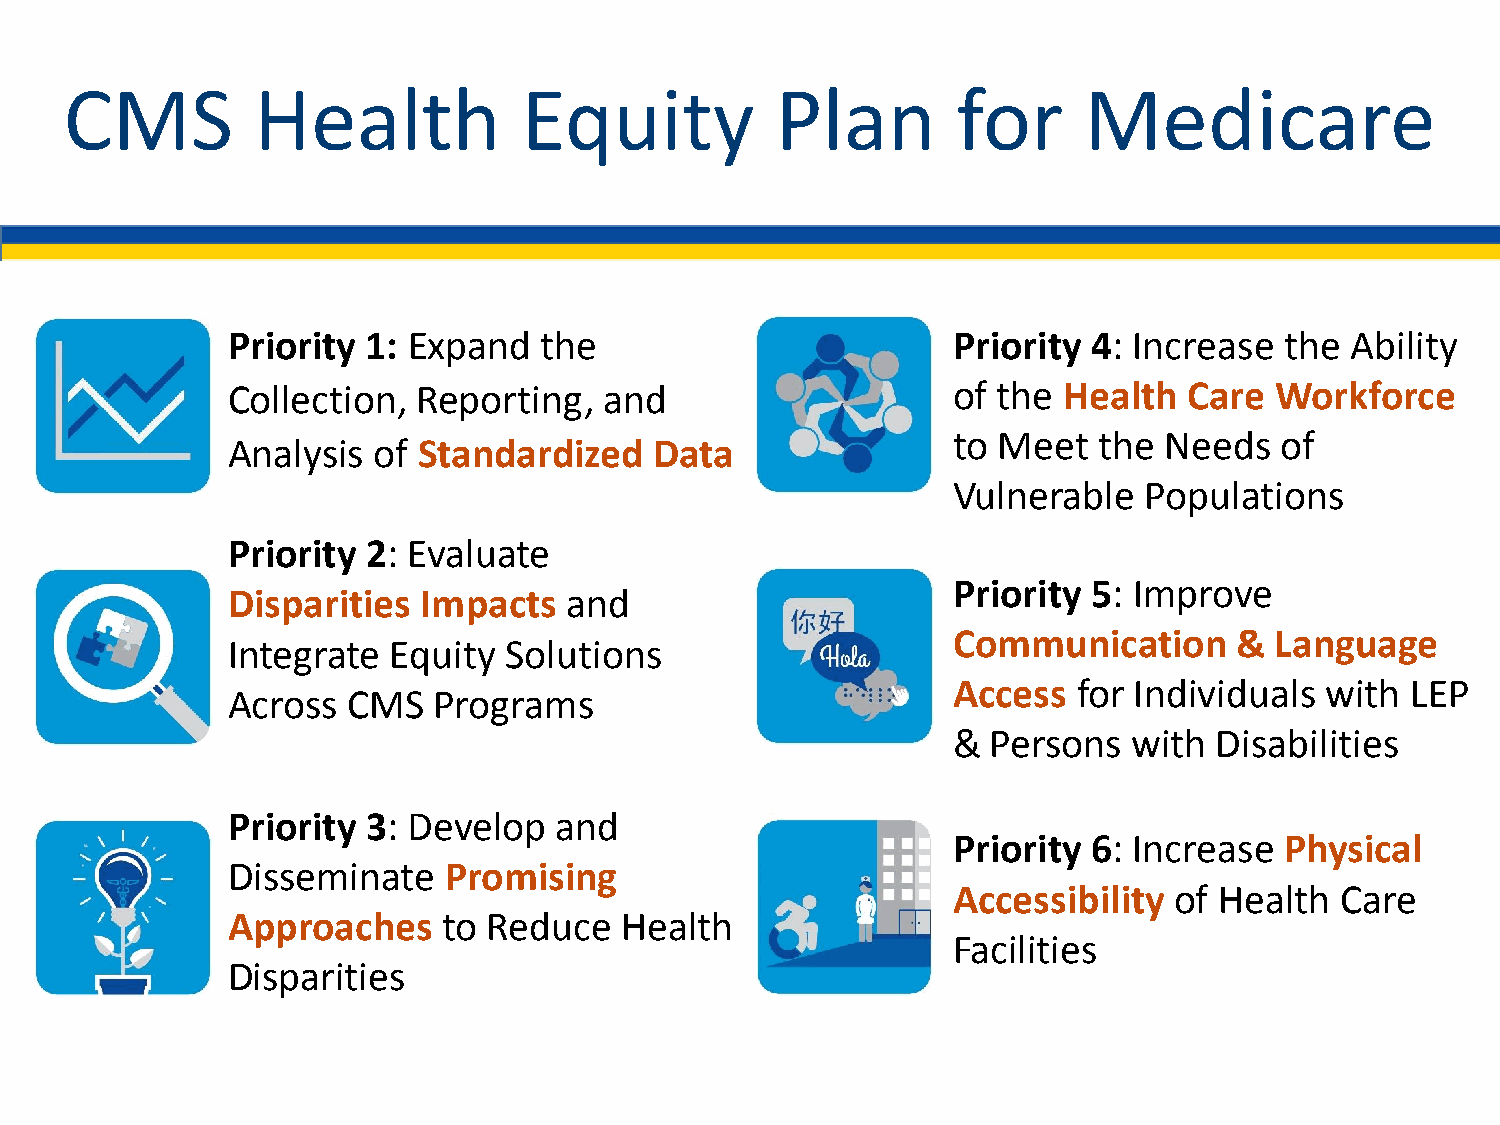
CMS          Health            Equity          Plan        for      Medicare
 Priority 1: Expand   the                        Priority 4: Increase  the Ability
 Collection,  Reporting,  and                    of the Health   Care Workforce
 to Meet   the Needs   of
 Analysis  of Standardized   Data
 Vulnerable   Populations
 Priority 2: Evaluate
 Priority 5: Improve
 Disparities  Impacts  and
 Communication      & Language
 Integrate  Equity Solutions
 Access  for Individuals  with LEP
 Across  CMS   Programs
 &  Persons  with  Disabilities
 Priority 3: Develop   and
 Priority 6: Increase  Physical
 Disseminate   Promising
 Accessibility  of Health  Care
 Approaches    to Reduce   Health
 Facilities
 Disparities